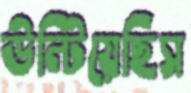
উল্‌টিয়েছিস